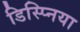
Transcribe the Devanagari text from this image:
डिस्प्निया